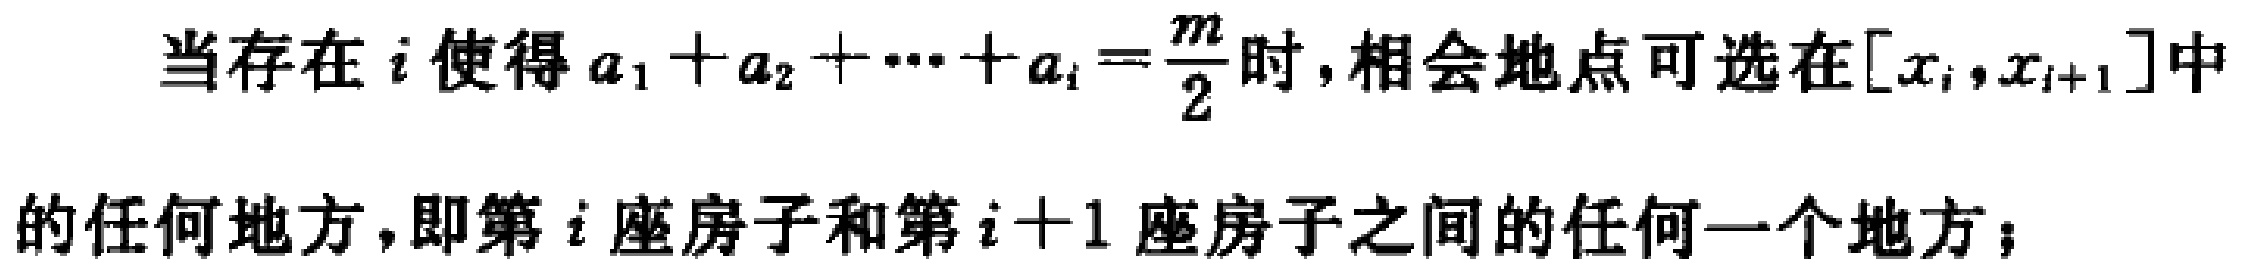
当存在 \(i\) 使得 \(a_{1}+a_{2}+\cdots +a_{i}=\frac{m}{2}\) 时,相会地点可选在 \([x_{i},x_{i + 1}]\) 中的任何地方，即第 \(i\) 座房子和第 \(i + 1\) 座房子之间的任何一个地方；